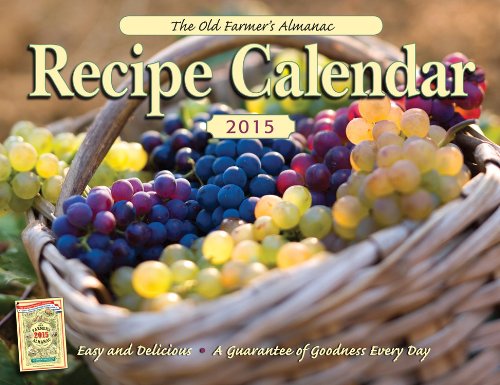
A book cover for The Old Farmer's Almanac 2015 Recipe Calendar; Old FarmerEEs Almanac; Calendars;